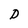
Character: P